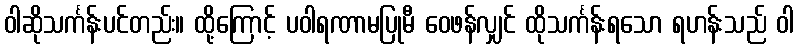
ဝါဆိုသင်္ကန်းပင်တည်း။ ထို့ကြောင့် ပဝါရဏာမပြုမီ ဝေဖန်လျှင် ထိုသင်္ကန်းရသော ရဟန်းသည် ဝါ